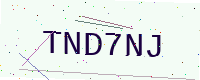
Text: TND7NJ